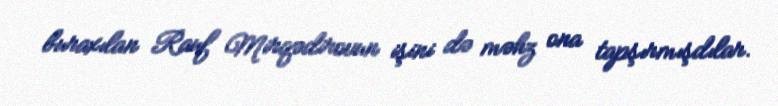
buraxılan Rauf Mirqədirovun işini də məhz ona tapşırmışdılar.